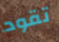
تقود